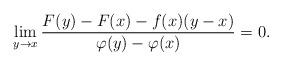
LaTeX: \begin{align*}\lim_{y \to x}{\frac{F(y)-F(x)-f(x)(y-x)}{\varphi(y)-\varphi(x)}}=0.\end{align*}